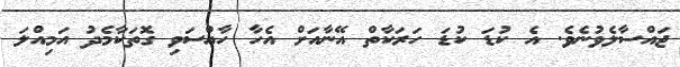
ޖައްސާލެވުނެވެ. އެ ކުޑަ ކުޑަ ހަރަކާތް އޭނާއަށް އެހާ ހާއްސަވި ގޮތަކާމެދު އަމިއްލަ